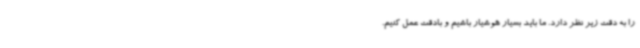
را به دقت زیر نظر دارد. ما باید بسیار هوشیار باشیم و بادقت عمل کنیم.